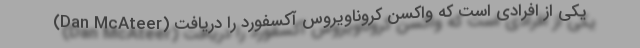
(Dan McAteer) یکی از افرادی است که واکسن کروناویروس آکسفورد را دریافت